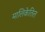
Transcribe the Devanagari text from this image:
मालिकेतिल